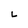
Character: L